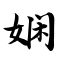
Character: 娴